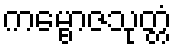
ကမ္ဗောဇသုတ္တံ